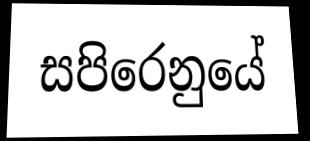
සපිරෙනුයේ